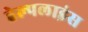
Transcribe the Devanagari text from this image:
हेल्पलाइंस